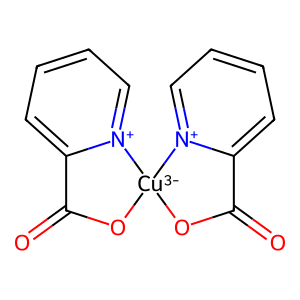
SMILES: O=C1O[Cu-3]2(OC(=O)c3cccc[n+]32)[n+]2ccccc21
Inhibits HIV replication: No